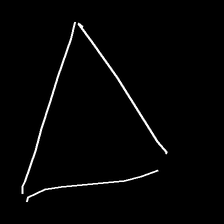
Glyph: convergence